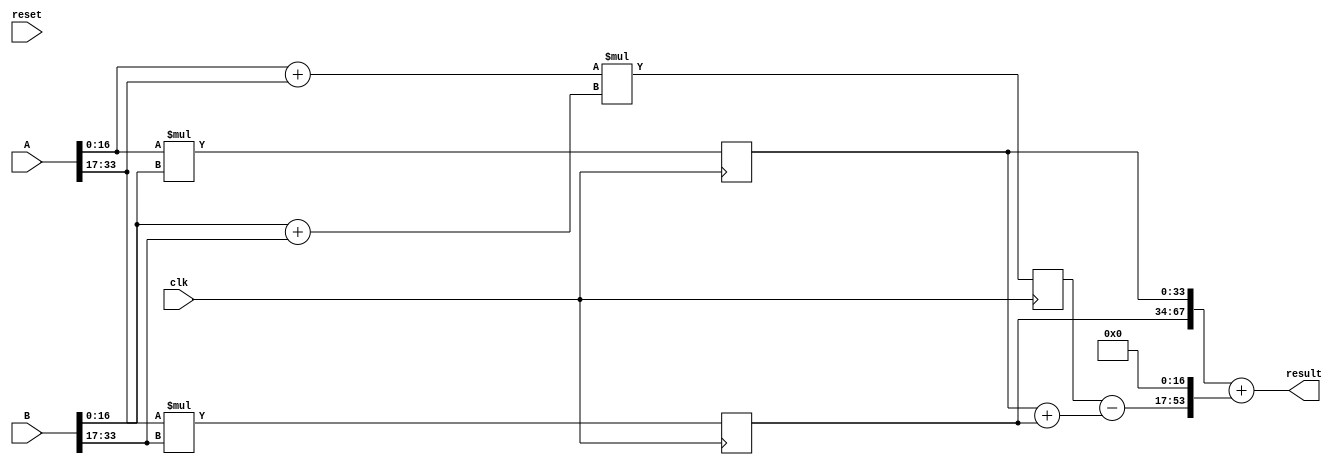
`timescale 1ns / 1ps
//////////////////////////////////////////////////////////////////////////////////
// Company: 
// Engineer: 
// 
// Design Name: 
// Module Name:    mult34 
// Project Name: 
// Target Devices: 
// Tool versions: 
// Description: 
//
// Dependencies: 
//
// Revision: 
// Revision 0.01 - File Created
// Additional Comments: 
//
//////////////////////////////////////////////////////////////////////////////////
module mult34(
    A,
	B,
	clk,
	reset,
	result
    );
	 
	input [33:0] A;
	input [33:0] B;
	input clk;
	input reset;
	output [67:0] result;

	wire [16:0] A0, A1, B0, B1;
	reg [33:0] A0B0, A1B1;
	//wire [33:0] A0B0, A1B1;
	wire [17:0] AS, BS;
	reg [35:0] ASBS;
	//wire [35:0] ASBS;

	assign A0 = A[16:0];
	assign A1 = A[33:17];
	assign B0 = B[16:0];
	assign B1 = B[33:17];

	assign AS = A0 + A1;
	assign BS = B0 + B1;
	
	 //assign A0B0 = A0 * B0;

	 //assign A1B1 = A1 * B1;

	 //assign ASBS = AS * BS;
///*
	always @(posedge clk)begin
	 A0B0 <= A0 * B0;

	 A1B1 <= A1 * B1;

	 ASBS <= AS * BS;
	 	
		//result <= {A1B1, A0B0} + {midTerm, 17'b0};

	end
	//*/

	wire [34:0] sumM17;
	assign sumM17 = A0B0 + A1B1;

	wire [36:0] midTerm;
	assign midTerm = ASBS - sumM17;

	assign result = {A1B1, A0B0} + {midTerm, 17'b0};


endmodule